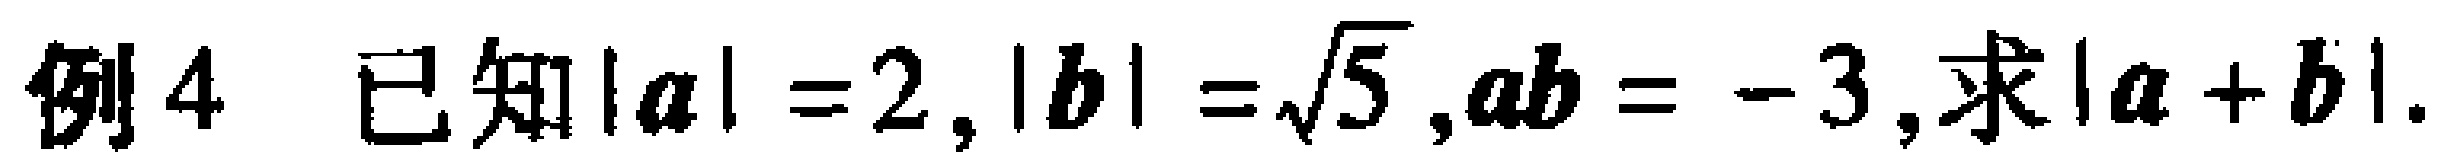
例4 已知\(\vert\boldsymbol{a}\vert = 2\), \(\vert\boldsymbol{b}\vert=\sqrt{5}\), \(\boldsymbol{a}\boldsymbol{b}=- 3\), 求\(\vert\boldsymbol{a}+\boldsymbol{b}\vert\).